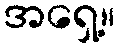
အရှေ့။